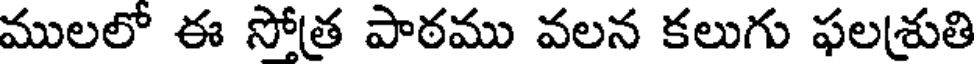
ములలో ఈ సోత్ర పాఠము వలన కలుగు ఫలశ్రుతి